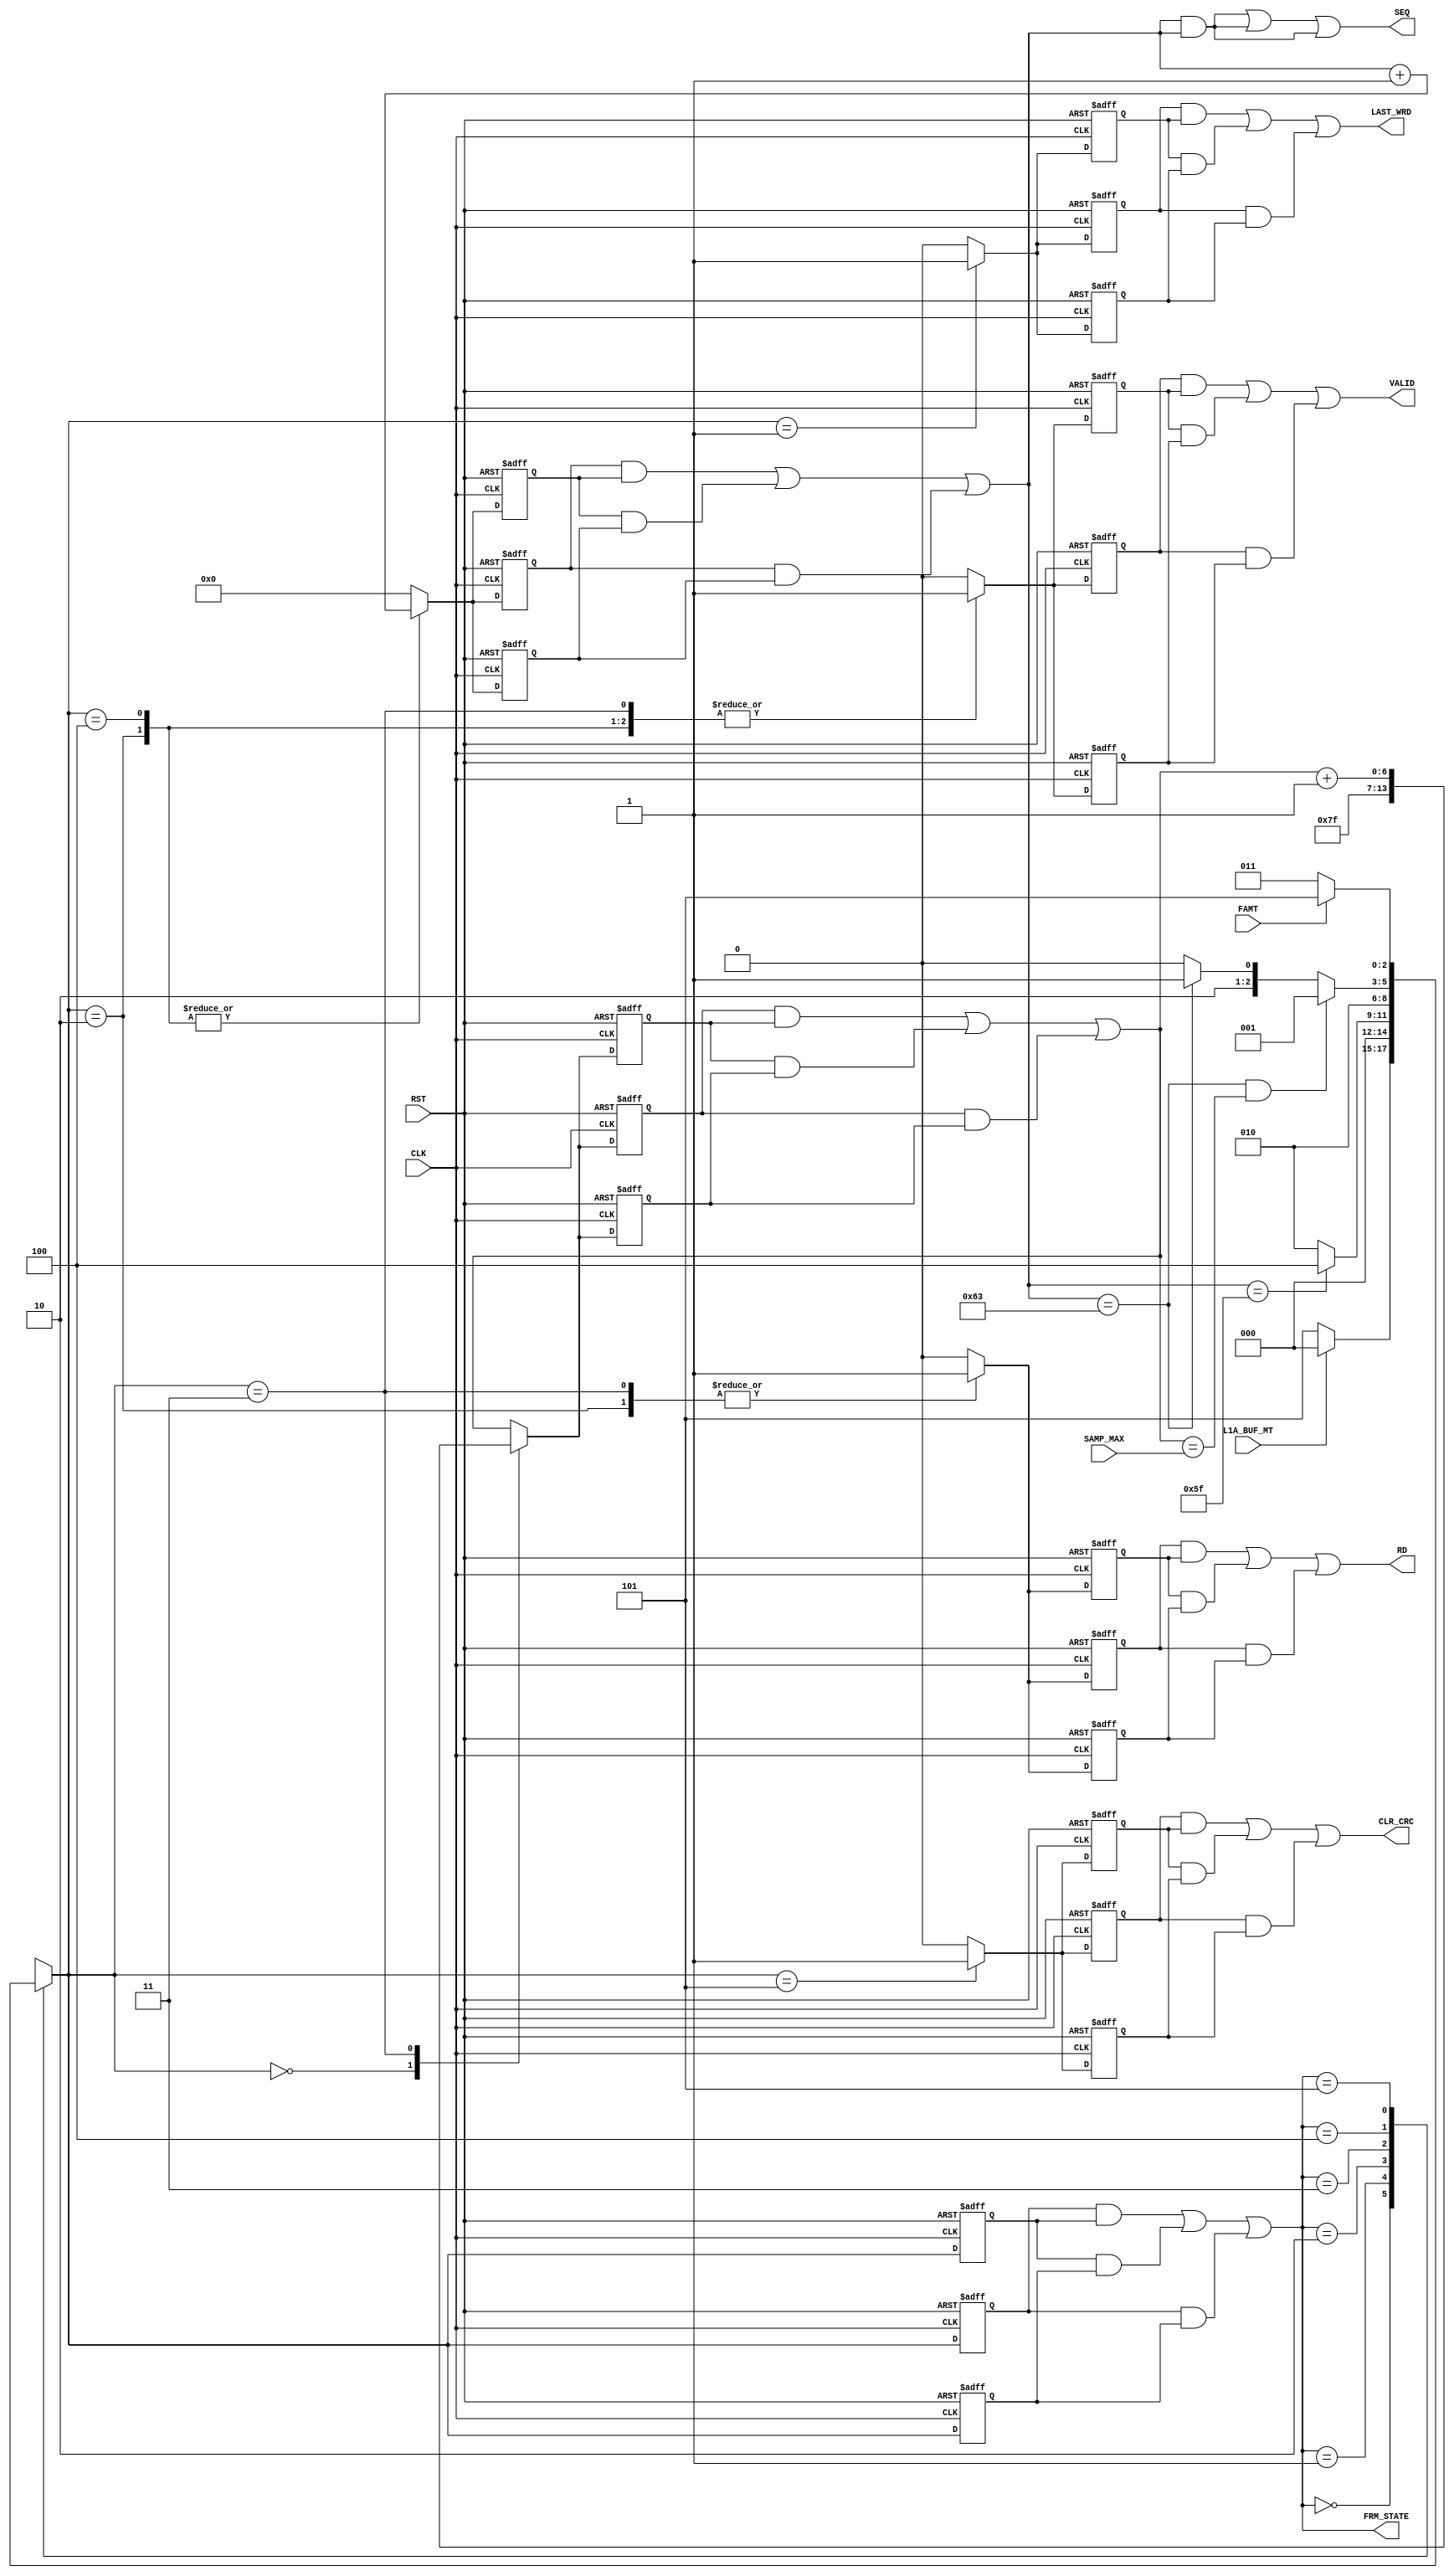

// Created by fizzim_tmr.pl version $Revision: 4.44 on 2014:07:16 at 18:08:56 (www.fizzim.com)

module Frame_Seq_FSM (
  output CLR_CRC,
  output LAST_WRD,
  output RD,
  output wire [6:0] SEQ,
  output VALID,
  output wire [2:0] FRM_STATE,
  input CLK,
  input FAMT,
  input L1A_BUF_MT,
  input RST,
  input wire [6:0] SAMP_MAX 
);

  // state bits
  parameter 
  Idle      = 3'b000, 
  Last_Word = 3'b001, 
  Read      = 3'b010, 
  Strt_Seq  = 3'b011, 
  Tail      = 3'b100, 
  W4Data    = 3'b101; 

  (* syn_preserve = "true" *) reg [2:0] state_1;
  (* syn_preserve = "true" *) reg [2:0] state_2;
  (* syn_preserve = "true" *) reg [2:0] state_3;

  (* syn_keep = "true" *) wire [2:0] voted_state_1;
  (* syn_keep = "true" *) wire [2:0] voted_state_2;
  (* syn_keep = "true" *) wire [2:0] voted_state_3;

  assign voted_state_1 = (state_1    & state_2   ) | (state_2    & state_3   ) | (state_1    & state_3   ); // Majority logic
  assign voted_state_2 = (state_1    & state_2   ) | (state_2    & state_3   ) | (state_1    & state_3   ); // Majority logic
  assign voted_state_3 = (state_1    & state_2   ) | (state_2    & state_3   ) | (state_1    & state_3   ); // Majority logic

  assign FRM_STATE = voted_state_1;

  (* syn_keep = "true" *) reg [2:0] nextstate_1;
  (* syn_keep = "true" *) reg [2:0] nextstate_2;
  (* syn_keep = "true" *) reg [2:0] nextstate_3;

  (* syn_preserve = "true" *)  reg CLR_CRC_1;
  (* syn_preserve = "true" *)  reg CLR_CRC_2;
  (* syn_preserve = "true" *)  reg CLR_CRC_3;
  (* syn_preserve = "true" *)  reg LAST_WRD_1;
  (* syn_preserve = "true" *)  reg LAST_WRD_2;
  (* syn_preserve = "true" *)  reg LAST_WRD_3;
  (* syn_preserve = "true" *)  reg RD_1;
  (* syn_preserve = "true" *)  reg RD_2;
  (* syn_preserve = "true" *)  reg RD_3;
  (* syn_preserve = "true" *)  reg [6:0] SEQ_1;
  (* syn_preserve = "true" *)  reg [6:0] SEQ_2;
  (* syn_preserve = "true" *)  reg [6:0] SEQ_3;
  (* syn_preserve = "true" *)  reg VALID_1;
  (* syn_preserve = "true" *)  reg VALID_2;
  (* syn_preserve = "true" *)  reg VALID_3;
  (* syn_preserve = "true" *)  reg [6:0] seqn_1;
  (* syn_preserve = "true" *)  reg [6:0] seqn_2;
  (* syn_preserve = "true" *)  reg [6:0] seqn_3;
  (* syn_keep = "true" *)      wire [6:0] voted_seqn_1;
  (* syn_keep = "true" *)      wire [6:0] voted_seqn_2;
  (* syn_keep = "true" *)      wire [6:0] voted_seqn_3;
  (* syn_preserve = "true" *)  reg [6:0] smp_1;
  (* syn_preserve = "true" *)  reg [6:0] smp_2;
  (* syn_preserve = "true" *)  reg [6:0] smp_3;
  (* syn_keep = "true" *)      wire [6:0] voted_smp_1;
  (* syn_keep = "true" *)      wire [6:0] voted_smp_2;
  (* syn_keep = "true" *)      wire [6:0] voted_smp_3;

  // Assignment of outputs and flags to voted majority logic of replicated registers
  assign CLR_CRC    = (CLR_CRC_1  & CLR_CRC_2 ) | (CLR_CRC_2  & CLR_CRC_3 ) | (CLR_CRC_1  & CLR_CRC_3 ); // Majority logic
  assign LAST_WRD   = (LAST_WRD_1 & LAST_WRD_2) | (LAST_WRD_2 & LAST_WRD_3) | (LAST_WRD_1 & LAST_WRD_3); // Majority logic
  assign RD         = (RD_1       & RD_2      ) | (RD_2       & RD_3      ) | (RD_1       & RD_3      ); // Majority logic
  assign SEQ        = (SEQ_1      & SEQ_2     ) | (SEQ_2      & SEQ_3     ) | (SEQ_1      & SEQ_3     ); // Majority logic
  assign VALID      = (VALID_1    & VALID_2   ) | (VALID_2    & VALID_3   ) | (VALID_1    & VALID_3   ); // Majority logic
  assign voted_seqn_1 = (seqn_1     & seqn_2    ) | (seqn_2     & seqn_3    ) | (seqn_1     & seqn_3    ); // Majority logic
  assign voted_seqn_2 = (seqn_1     & seqn_2    ) | (seqn_2     & seqn_3    ) | (seqn_1     & seqn_3    ); // Majority logic
  assign voted_seqn_3 = (seqn_1     & seqn_2    ) | (seqn_2     & seqn_3    ) | (seqn_1     & seqn_3    ); // Majority logic
  assign voted_smp_1 = (smp_1      & smp_2     ) | (smp_2      & smp_3     ) | (smp_1      & smp_3     ); // Majority logic
  assign voted_smp_2 = (smp_1      & smp_2     ) | (smp_2      & smp_3     ) | (smp_1      & smp_3     ); // Majority logic
  assign voted_smp_3 = (smp_1      & smp_2     ) | (smp_2      & smp_3     ) | (smp_1      & smp_3     ); // Majority logic


  // comb always block
  always @* begin
    nextstate_1 = 3'bxxx; // default to x because default_state_is_x is set
    nextstate_2 = 3'bxxx; // default to x because default_state_is_x is set
    nextstate_3 = 3'bxxx; // default to x because default_state_is_x is set
    SEQ_1 = voted_seqn_1; // default
    SEQ_2 = voted_seqn_2; // default
    SEQ_3 = voted_seqn_3; // default
    case (voted_state_1)
      Idle     : if      (!L1A_BUF_MT)                                           nextstate_1 = W4Data;
                 else                                                            nextstate_1 = Idle;
      Last_Word:                                                                 nextstate_1 = Idle;
      Read     : if      (voted_seqn_1 == 7'd95)                                 nextstate_1 = Tail;
                 else                                                            nextstate_1 = Read;
      Strt_Seq :                                                                 nextstate_1 = Read;
      Tail     : if      ((voted_seqn_1 == 7'd99) && (voted_smp_1 == SAMP_MAX))  nextstate_1 = Last_Word;
                 else if (voted_seqn_1 == 7'd99)                                 nextstate_1 = W4Data;
                 else                                                            nextstate_1 = Tail;
      W4Data   : if      (!FAMT)                                                 nextstate_1 = Strt_Seq;
                 else                                                            nextstate_1 = W4Data;
    endcase
    case (voted_state_2)
      Idle     : if      (!L1A_BUF_MT)                                           nextstate_2 = W4Data;
                 else                                                            nextstate_2 = Idle;
      Last_Word:                                                                 nextstate_2 = Idle;
      Read     : if      (voted_seqn_2 == 7'd95)                                 nextstate_2 = Tail;
                 else                                                            nextstate_2 = Read;
      Strt_Seq :                                                                 nextstate_2 = Read;
      Tail     : if      ((voted_seqn_2 == 7'd99) && (voted_smp_2 == SAMP_MAX))  nextstate_2 = Last_Word;
                 else if (voted_seqn_2 == 7'd99)                                 nextstate_2 = W4Data;
                 else                                                            nextstate_2 = Tail;
      W4Data   : if      (!FAMT)                                                 nextstate_2 = Strt_Seq;
                 else                                                            nextstate_2 = W4Data;
    endcase
    case (voted_state_3)
      Idle     : if      (!L1A_BUF_MT)                                           nextstate_3 = W4Data;
                 else                                                            nextstate_3 = Idle;
      Last_Word:                                                                 nextstate_3 = Idle;
      Read     : if      (voted_seqn_3 == 7'd95)                                 nextstate_3 = Tail;
                 else                                                            nextstate_3 = Read;
      Strt_Seq :                                                                 nextstate_3 = Read;
      Tail     : if      ((voted_seqn_3 == 7'd99) && (voted_smp_3 == SAMP_MAX))  nextstate_3 = Last_Word;
                 else if (voted_seqn_3 == 7'd99)                                 nextstate_3 = W4Data;
                 else                                                            nextstate_3 = Tail;
      W4Data   : if      (!FAMT)                                                 nextstate_3 = Strt_Seq;
                 else                                                            nextstate_3 = W4Data;
    endcase
  end

  // Assign reg'd outputs to state bits

  // sequential always block
  always @(posedge CLK or posedge RST) begin
    if (RST) begin
      state_1 <= Idle;
      state_2 <= Idle;
      state_3 <= Idle;
    end
    else begin
      state_1 <= nextstate_1;
      state_2 <= nextstate_2;
      state_3 <= nextstate_3;
    end
  end

  // datapath sequential always block
  always @(posedge CLK or posedge RST) begin
    if (RST) begin
      CLR_CRC_1 <= 0;
      CLR_CRC_2 <= 0;
      CLR_CRC_3 <= 0;
      LAST_WRD_1 <= 0;
      LAST_WRD_2 <= 0;
      LAST_WRD_3 <= 0;
      RD_1 <= 0;
      RD_2 <= 0;
      RD_3 <= 0;
      VALID_1 <= 0;
      VALID_2 <= 0;
      VALID_3 <= 0;
      seqn_1 <= 7'h00;
      seqn_2 <= 7'h00;
      seqn_3 <= 7'h00;
      smp_1 <= 7'h7F;
      smp_2 <= 7'h7F;
      smp_3 <= 7'h7F;
    end
    else begin
      CLR_CRC_1 <= 0; // default
      CLR_CRC_2 <= 0; // default
      CLR_CRC_3 <= 0; // default
      LAST_WRD_1 <= 0; // default
      LAST_WRD_2 <= 0; // default
      LAST_WRD_3 <= 0; // default
      RD_1 <= 0; // default
      RD_2 <= 0; // default
      RD_3 <= 0; // default
      VALID_1 <= 0; // default
      VALID_2 <= 0; // default
      VALID_3 <= 0; // default
      seqn_1 <= 7'h00; // default
      seqn_2 <= 7'h00; // default
      seqn_3 <= 7'h00; // default
      smp_1 <= voted_smp_1; // default
      smp_2 <= voted_smp_2; // default
      smp_3 <= voted_smp_3; // default
      case (nextstate_1)
        Idle     :        smp_1 <= 7'h7F;
        Last_Word:        LAST_WRD_1 <= 1;
        Read     : begin
                          RD_1 <= 1;
                          VALID_1 <= 1;
                          seqn_1 <= voted_seqn_1 + 1;
        end
        Strt_Seq : begin
                          RD_1 <= 1;
                          VALID_1 <= 1;
                          smp_1 <= voted_smp_1 + 1;
        end
        Tail     : begin
                          VALID_1 <= 1;
                          seqn_1 <= voted_seqn_1 + 1;
        end
        W4Data   :        CLR_CRC_1 <= 1;
      endcase
      case (nextstate_2)
        Idle     :        smp_2 <= 7'h7F;
        Last_Word:        LAST_WRD_2 <= 1;
        Read     : begin
                          RD_2 <= 1;
                          VALID_2 <= 1;
                          seqn_2 <= voted_seqn_2 + 1;
        end
        Strt_Seq : begin
                          RD_2 <= 1;
                          VALID_2 <= 1;
                          smp_2 <= voted_smp_2 + 1;
        end
        Tail     : begin
                          VALID_2 <= 1;
                          seqn_2 <= voted_seqn_2 + 1;
        end
        W4Data   :        CLR_CRC_2 <= 1;
      endcase
      case (nextstate_3)
        Idle     :        smp_3 <= 7'h7F;
        Last_Word:        LAST_WRD_3 <= 1;
        Read     : begin
                          RD_3 <= 1;
                          VALID_3 <= 1;
                          seqn_3 <= voted_seqn_3 + 1;
        end
        Strt_Seq : begin
                          RD_3 <= 1;
                          VALID_3 <= 1;
                          smp_3 <= voted_smp_3 + 1;
        end
        Tail     : begin
                          VALID_3 <= 1;
                          seqn_3 <= voted_seqn_3 + 1;
        end
        W4Data   :        CLR_CRC_3 <= 1;
      endcase
    end
  end

  // This code allows you to see state names in simulation
  `ifndef SYNTHESIS
  reg [71:0] statename;
  always @* begin
    case (state_1)
      Idle     : statename = "Idle";
      Last_Word: statename = "Last_Word";
      Read     : statename = "Read";
      Strt_Seq : statename = "Strt_Seq";
      Tail     : statename = "Tail";
      W4Data   : statename = "W4Data";
      default  : statename = "XXXXXXXXX";
    endcase
  end
  `endif

endmodule